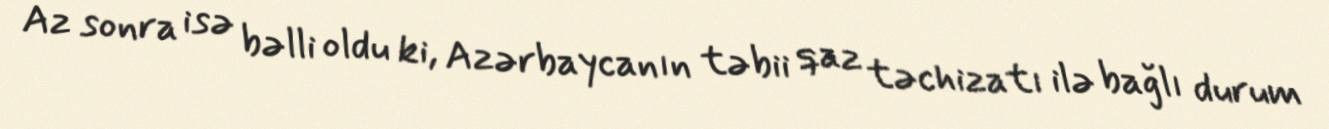
Az sonra isə bəlli oldu ki, Azərbaycanın təbii qaz təchizatı ilə bağlı durum